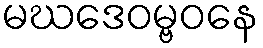
မဃဒေဝမ္ဗဝနေ